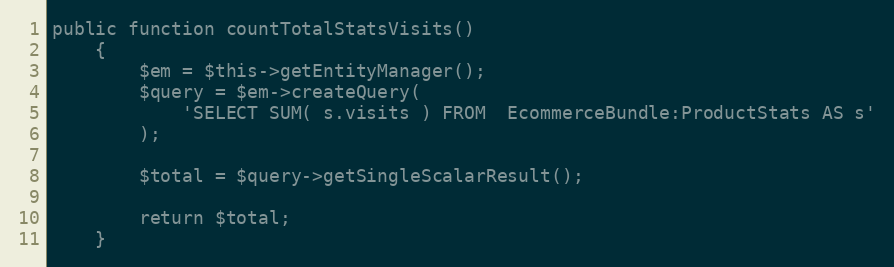
Language: PHP
public function countTotalStatsVisits()
    {
        $em = $this->getEntityManager();
        $query = $em->createQuery(
            'SELECT SUM( s.visits ) FROM  EcommerceBundle:ProductStats AS s'
        );

        $total = $query->getSingleScalarResult();

        return $total;
    }